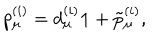
p _ { \mu } ^ { ( i ) } = d _ { \mu } ^ { ( i ) } { \bf 1 } + \tilde { p } _ { \mu } ^ { ( i ) } ,